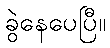
ခွဲနေပေပြီ။